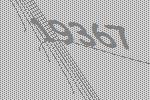
19367